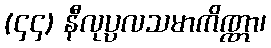
(၄၄) နီလုပ္ပလသမာကိဏ္ဏာ၊